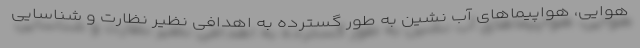
هوایی، هواپیماهای آب نشین به طور گسترده به اهدافی نظیر نظارت و شناسایی